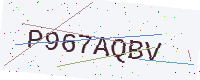
Text: P967AQBV